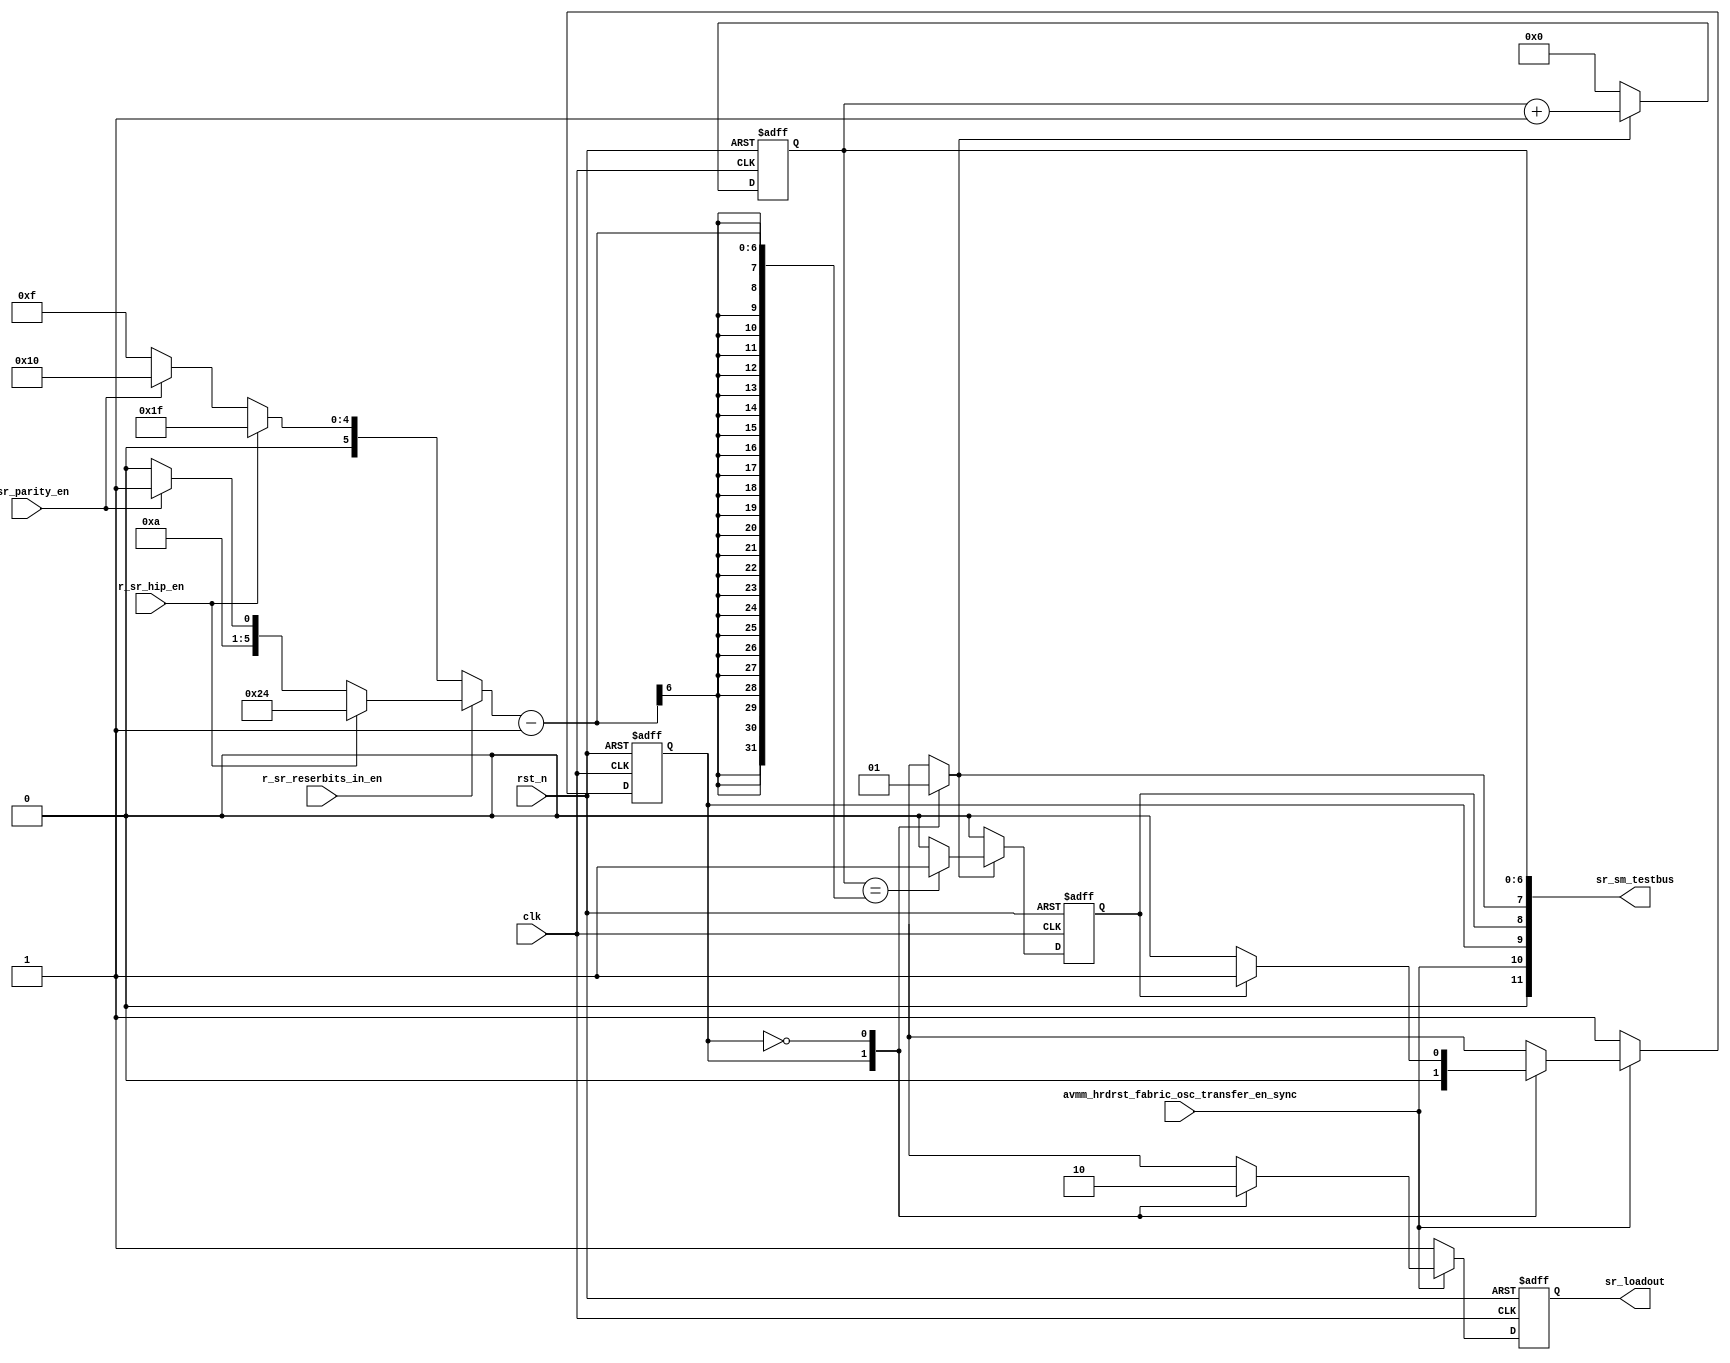
// SPDX-License-Identifier: Apache-2.0
// Copyright (C) 2019 Intel Corporation. 
module hdpldadapt_sr_sm 
 #(
    parameter NUM_OF_PCS_CHAIN   = 7'd16,
    parameter NUM_OF_HIP_CHAIN   = 7'd16,
    parameter NUM_OF_RESERVED_CHAIN_SSRIN = 7'd5, 
    parameter NUM_OF_PARITY_IN = 7'd1
  )
(
input wire  clk,
input wire  rst_n,
input wire  r_sr_hip_en,
input wire  r_sr_parity_en,
input wire  r_sr_reserbits_in_en, 
input wire  avmm_hrdrst_fabric_osc_transfer_en_sync,

output wire [11:0] sr_sm_testbus,
output reg  sr_loadout
);


localparam SR_LOAD  = 1'b1;
localparam SR_SHIFT = 1'b0; 

reg sr_ns;
reg sr_cs;
reg sr_loadout_comb;

reg sr_counter_expired;
reg sr_count_start_comb;
reg  [6:0] sr_counter;
wire [6:0] sr_counter_target;

assign sr_counter_target = (!r_sr_reserbits_in_en) ? (r_sr_hip_en ? (NUM_OF_PCS_CHAIN + NUM_OF_HIP_CHAIN - 1) : !r_sr_parity_en ? (NUM_OF_PCS_CHAIN - 1) : (NUM_OF_PARITY_IN + NUM_OF_PCS_CHAIN - 1) ) :
                                                     (r_sr_hip_en ? (NUM_OF_PCS_CHAIN + NUM_OF_HIP_CHAIN + NUM_OF_RESERVED_CHAIN_SSRIN - 1) : 
                                                     !r_sr_parity_en ? (NUM_OF_PCS_CHAIN + NUM_OF_RESERVED_CHAIN_SSRIN - 1) : (NUM_OF_PARITY_IN + NUM_OF_PCS_CHAIN + NUM_OF_RESERVED_CHAIN_SSRIN - 1));

assign sr_sm_testbus = {1'b0, avmm_hrdrst_fabric_osc_transfer_en_sync, sr_cs, sr_counter_expired, sr_count_start_comb, sr_counter[6:0]};

 
always @(*) begin
  sr_ns = sr_cs;
  sr_loadout_comb = 1'b0;
  sr_count_start_comb = 1'b0;
 
  case (sr_cs)
    SR_LOAD: 
      begin
         sr_loadout_comb      = 1'b1;
         sr_count_start_comb  = 1'b0;
         sr_ns                = SR_SHIFT;
      end
    SR_SHIFT:
      begin
         sr_loadout_comb      = 1'b0;
         sr_count_start_comb  = 1'b1;
         if (sr_counter_expired == 1'b1) 
         begin 
             sr_ns      = SR_LOAD;
         end
      end
    default: 
      begin
         sr_loadout_comb     = 1'b1;
         sr_count_start_comb = 1'b0;
         sr_ns               = SR_LOAD;
      end
  endcase
end


always @(negedge rst_n or posedge clk)
  if (rst_n == 1'b0)
    begin
       sr_loadout <= 1'b1;
       sr_cs      <= SR_LOAD;
    end
  else if (avmm_hrdrst_fabric_osc_transfer_en_sync == 1'b0)
    begin
       sr_loadout <= 1'b1;
       sr_cs      <= SR_LOAD;
    end
  else
    begin
       sr_loadout <= sr_loadout_comb;
       sr_cs      <= sr_ns;
    end
    
always @(negedge rst_n or posedge clk)
  if (rst_n == 1'b0)
    begin
      sr_counter <= 7'b000_0000;
      sr_counter_expired <= 1'b0; 
    end
  else
    begin
       if (sr_count_start_comb == 1'b1) begin
           sr_counter <= sr_counter + 7'b000_0001;
           sr_counter_expired <= (sr_counter[6:0] == (sr_counter_target[6:0]-1))? 1'b1: 1'b0;
       end
       else begin
           sr_counter <= 7'b000_0000;
           sr_counter_expired <= 1'b0;
       end
    end

endmodule